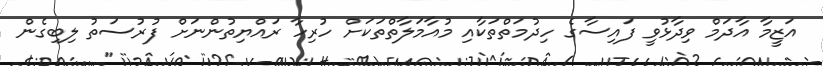
އަޒީމާ އާދަމް ވިދާޅުވީ ފައިސާގެ ހިދުމަތްތަކާއި މުއާމަލާތްތަކަށް ހުރިހާ ރައްޔިތުންނަށް ފުރުސަތު ލިބިގެން